Tezpur Lunatic Asylum reports 1895-1904 - 1895-1904
Year: 1895
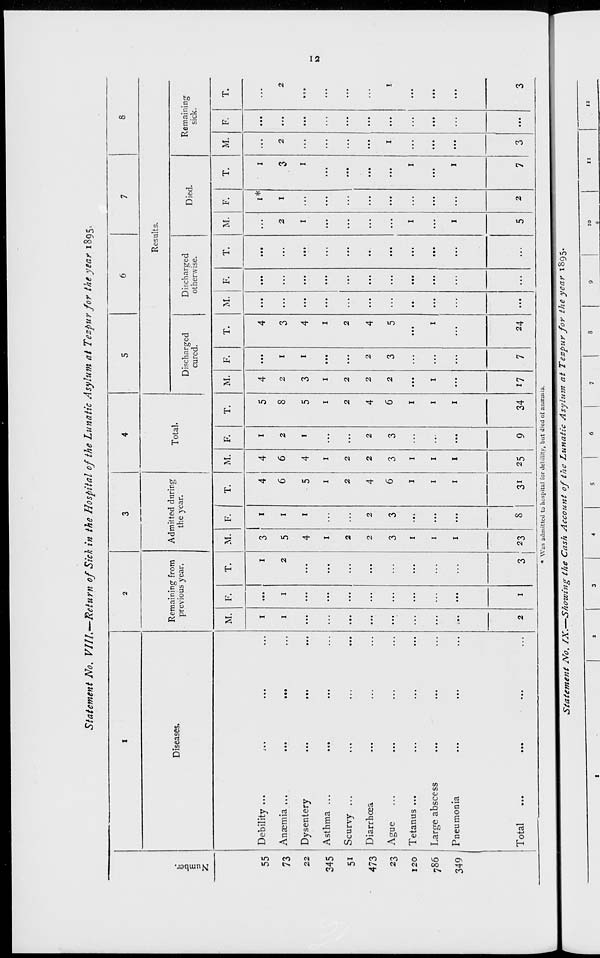
Statement No. VIIL—Return of Sick in the Hospital of the Lunatic Asylum at Tezpur for the year 1895,
1
2
3
4
5
6
7
8
Diseases.
Remaining from
previous year.
Admitted during
the year.
Total.
Results.
u
u
E
Discharged
cured.
Discharged
otherwise.
Died.
Remaining
sick.
Debility ...
Anaemia ...
...
...
Dysentery
Asthma ...
...
Scurvy ...
Diarrhoea
A^ue
Tetanus ...
Large abscess
Pneumonia
l otai
...
...
...
M. F.
T.
M. F.
T.
M. F.
T.
M. F.
T.
M. F.
T.
M. F.
T.
M. F.
T.
55
73
22
345
5i
473
23
120
786
349
I
I
I
2
3
5
4
1
2
2
3
1
1
1
23
I
I
I
2
3
4
6
5
1
2
4
6
1
1
1
4
6
4
1
2
2
3
1
1
1
I
2
I
2
3
5
8
5
1
2
4
6
1
i
1
4
2
3
1
2
2
2
1
1
1
2
3
7
4
3
4
1
2
4
5
1
••
...
2
1
1
1
I*
I
I
3
I
I
I
2
I
...
2
I
2
I
3
8
3i 2 5
9
34 17
24 ... ...
...
5
2
7
3 ...
3
* Was admitted to hospital for debility, but died of anaemia.
to
Statement No. IX.—Showing the Cash Account of the Lunatic Asylum at Tezpur for the year 1895.
10
11
12